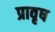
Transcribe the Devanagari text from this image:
प्रावृष